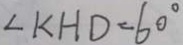
\angle K H D = 6 0 ^ { \circ }